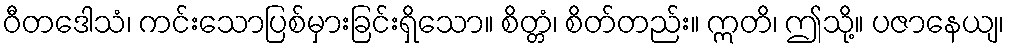
ဝီတဒေါသံ၊ ကင်းသောပြစ်မှားခြင်းရှိသော။ စိတ္တံ၊ စိတ်တည်း။ ဣတိ၊ ဤသို့။ ပဇာနေယျ၊